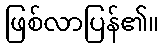
ဖြစ်လာပြန်၏။